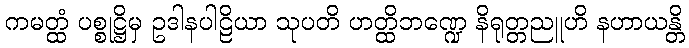
ကမတ္ထံ ပစ္စုဋ္ဌိမှ ဥဒါနပါဠိယာ သုပတိ ဟတ္ထိဘဏ္ဍေ နိရုတ္တညူဟိ နဟာယန္တိ